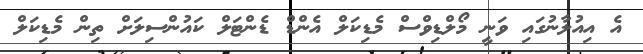
އެ އިއުލާނުގައި ވަނީ މޯލްޑިވްސް މެޑިކަލް އެންޑް ޑެންޓަލް ކައުންސިލަށް ތިން މެޑިކަލް